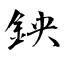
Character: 鉠